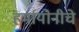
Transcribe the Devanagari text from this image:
हर्मायोनीचे